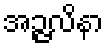
အဉ္ဇလိနာ